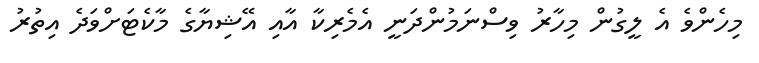
މިހެންވެ އެ ލީގުން މިހާރު ވިސްނަމުންދަނީ އެމެރިކާ އާއި އޭޝިޔާގެ މާކެޓަށްވަދެ އިތުރު